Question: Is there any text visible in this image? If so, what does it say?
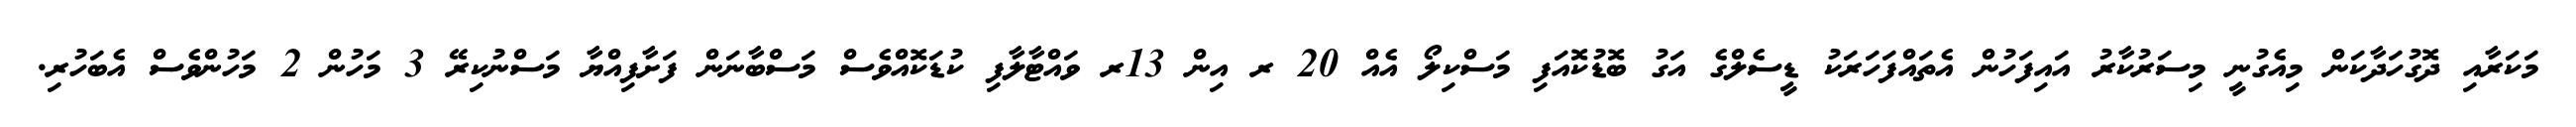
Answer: މަކަރާއި ދޮގުހަދާކަން މިއެގުނީ މިސަރުކާރު އައިފަހުން އެތައްފަހަރަކު ޑީސެލްގެ އަގު ބޮޑުކޮއަފި މަސްކިލޯ އެއް 20 ރ އިން 13ރ ވައްޓާލާފި ކުޑަކޮއްވެސް މަސްބާނަން ފަށާފިއްޔާ މަސްނުކިރޭ 3 މަހުން 2 މަހުންވެސް އެބަހުރި.